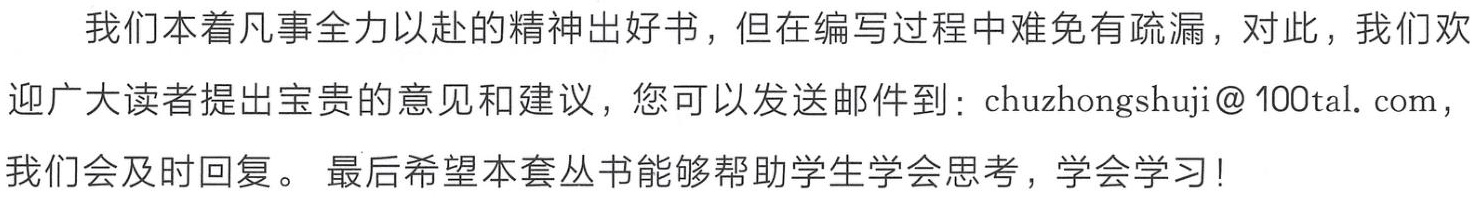
我们本着凡事全力以赴的精神出好书，但在编写过程中难免有疏漏，对此，我们欢迎广大读者提出宝贵的意见和建议，您可以发送邮件到：chuzhongshuji@100tal.com，我们会及时回复。 最后希望本套丛书能够帮助学生学会思考，学会学习！